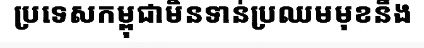
ប្រទេសកម្ពុជាមិនទាន់ប្រឈមមុខនឹង